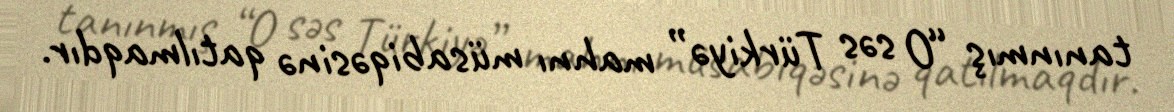
tanınmış “O səs Türkiyə” mahnı müsabiqəsinə qatılmaqdır.